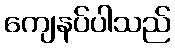
ကျေနပ်ပါသည်